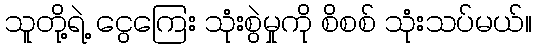
သူတို့ရဲ့ ငွေကြေး သုံးစွဲမှုကို စိစစ် သုံးသပ်မယ်။